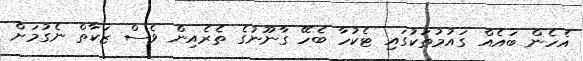
އެހެން ބައެއް ގައުމުތަކުގައި ޓެކުހާ ބެހޭ ގާނޫނުގެ ތެރެއިން ވެސް ޒަކާތް ނެގުމަށް